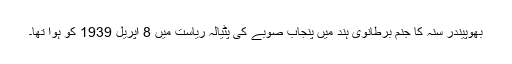
بھُوپینْدْر سِنہ کا جنْم برطانوی ہند میں پنجاب صوبے کی پٹیالہ رِیاست میں 8 اپْرَیل 1939 کو ہُوا تھا۔